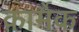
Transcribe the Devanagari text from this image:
कार्मैक